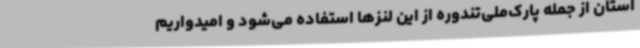
استان از جمله پارک‌ملی‌تندوره از این لنزها استفاده‌ می‌شود و امیدواریم